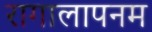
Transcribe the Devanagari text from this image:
रागालापनम